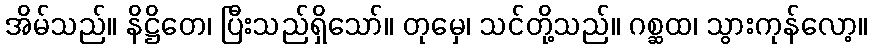
အိမ်သည်။ နိဋ္ဌိတေ၊ ပြီးသည်ရှိသော်။ တုမှေ၊ သင်တို့သည်။ ဂစ္ဆထ၊ သွားကုန်လော့။